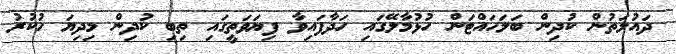
ދައުލަތުން ކުދިން ބަލަހައްޓަން ހުޅުމާލޭގައި ހަދާފައިވާ ފިޔަވަތީގައި ތިބި ކުދިން މިދިޔަ ހުކުރު